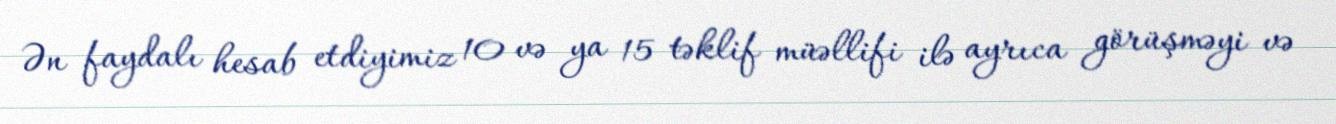
Ən faydalı hesab etdiyimiz 10 və ya 15 təklif müəllifi ilə ayrıca görüşməyi və